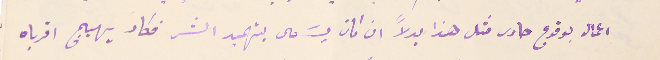
اعمال بوقوع حادث مثل هذا بدلاً ان كان يسَعى بتهميد الشر فكاد يهيج اقرباه